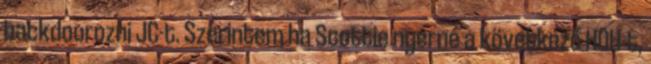
backdoorozni JC-t. Szerintem ha Scottie nyerné a következő HOH-t,